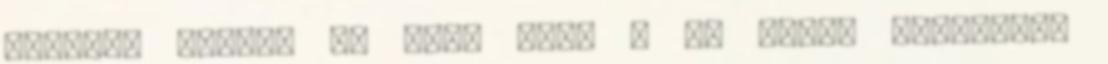
Tényleg nagyon jó rész volt : És végre kiderült,